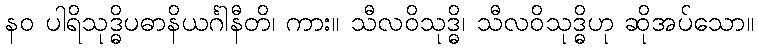
နဝ ပါရိသုဒ္ဓိပဓာနိယင်္ဂါနီတိ၊ ကား။ သီလဝိသုဒ္ဓိ၊ သီလဝိသုဒ္ဓိဟု ဆိုအပ်သော။